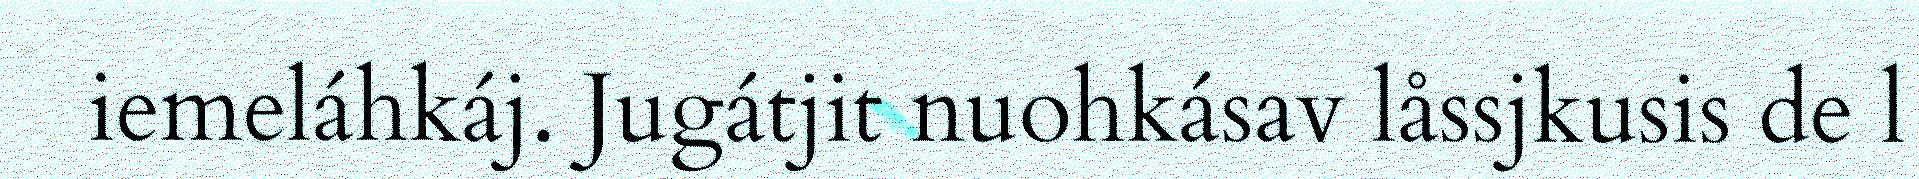
iemeláhkáj. Jugátjit nuohkásav låssjkusis de l